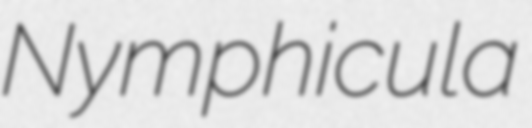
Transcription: Nymphicula